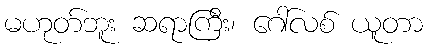
မဟုတ်ဘူး ဆရာကြီး၊ ဂေါ်လစ် ယူတာ